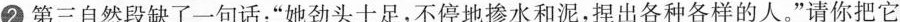
②第三自然段缺了一句话：”她劲头十足，不停地掺水和泥，捏出各种各样的人。”请你把它